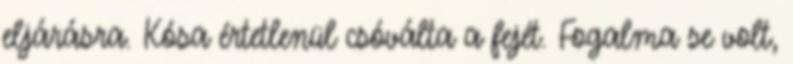
eljárásra. Kósa értetlenül csóválta a fejét. Fogalma se volt,